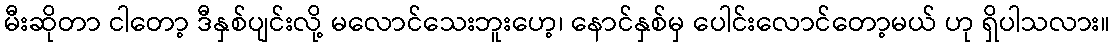
မီးဆိုတာ ငါတော့ ဒီနှစ်ပျင်းလို့ မလောင်သေးဘူးဟေ့၊ နောင်နှစ်မှ ပေါင်းလောင်တော့မယ် ဟု ရှိပါသလား။